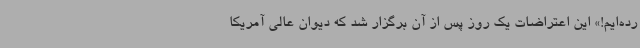
رده‌ایم!» این اعتراضات یک روز پس از آن برگزار شد که دیوان عالی آمریکا